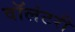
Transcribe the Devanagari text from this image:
वाॅलंटरी